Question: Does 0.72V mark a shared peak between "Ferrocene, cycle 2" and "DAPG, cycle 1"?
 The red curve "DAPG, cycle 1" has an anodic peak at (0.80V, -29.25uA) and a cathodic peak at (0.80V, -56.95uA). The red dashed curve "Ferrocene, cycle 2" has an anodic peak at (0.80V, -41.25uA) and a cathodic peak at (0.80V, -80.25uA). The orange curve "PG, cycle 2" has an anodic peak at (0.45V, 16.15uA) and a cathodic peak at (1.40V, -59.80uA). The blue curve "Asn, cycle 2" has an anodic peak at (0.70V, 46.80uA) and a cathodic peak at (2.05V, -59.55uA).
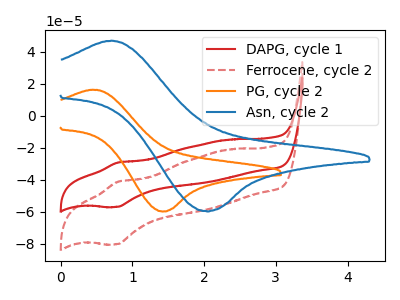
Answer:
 <answer>No, "Ferrocene, cycle 2" and "DAPG, cycle 1" dont share a peak at 0.72V.</answer>
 <eval>mismatch</eval>